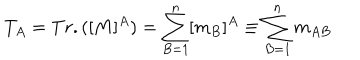
T _ { A } = T r . ( [ M ] ^ { A } ) = \sum _ { B = 1 } ^ { n } [ m _ { B } ] ^ { A } \equiv \sum _ { B = 1 } ^ { n } m _ { A B }